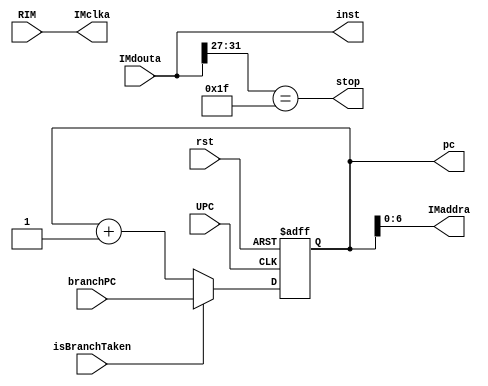
`timescale 1s/1ms
module IFUnit(inst,pc, stop,
	      RIM, UPC, isBranchTaken,branchPC,rst,
	      //Instruction Memory Interface:
	      IMclka, IMaddra,
	      IMdouta
	      );
	      
   //Module Specific
   input RIM, isBranchTaken, rst, UPC;
   input [31:0] branchPC;
   output [31:0] inst;
   output reg [31:0] 	    pc;
   output stop;
   
   //To be dent to Instruction Memory:
   input [31 : 0] IMdouta;
   output [6 : 0] IMaddra;
   output IMclka;
   
   //Instruction Memory Ports Assignmnets
   assign IMclka = RIM;     //IM is triggered to read instruction only on 
                            //positive edge of RIM(Read Instruction Memory)
   assign IMaddra = pc[6 : 0];  //PC is given as address to IM.
   assign inst = IMdouta;       //Data received from IM is the Instruction and assigned to inst
   
   
   assign stop = inst[31:27] == 5'b11111; 
   
   always @(posedge UPC, posedge rst) begin
      if(rst)
         pc <= 0;
      else if(isBranchTaken)
         pc <= branchPC;
      else
         pc <= pc + 1;
   end
endmodule